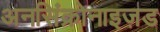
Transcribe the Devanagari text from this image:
अनसिंक्रोनाइज़ड